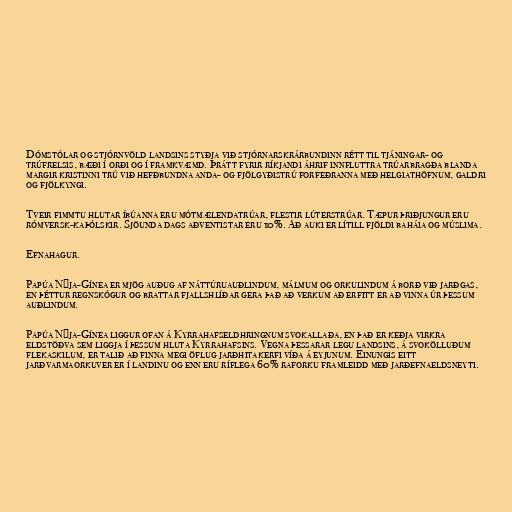
Dómstólar og stjórnvöld landsins styðja við stjórnarskrárbundinn rétt til tjáningar- og
trúfrelsis, bæði í orði og í framkvæmd. Þrátt fyrir ríkjandi áhrif innfluttra trúarbragða blanda
margir kristinni trú við hefðbundna anda- og fjölgyðistrú forfeðranna með helgiathöfnum, galdri
og fjölkyngi.

Tveir fimmtu hlutar íbúanna eru mótmælendatrúar, flestir lúterstrúar. Tæpur þriðjungur eru
rómversk-kaþólskir. Sjöunda dags aðventistar eru 10%. Að auki er lítill fjöldi baháia og múslima.

Efnahagur.

Papúa Nýja-Gínea er mjög auðug af náttúruauðlindum, málmum og orkulindum á borð við jarðgas,
en þéttur regnskógur og brattar fjallshlíðar gera það að verkum að erfitt er að vinna úr þessum
auðlindum.

Papúa Nýja-Gínea liggur ofan á Kyrrahafseldhringnum svokallaða, en það er keðja virkra
eldstöðva sem liggja í þessum hluta Kyrrahafsins. Vegna þessarar legu landsins, á svokölluðum
flekaskilum, er talið að finna megi öflug jarðhitakerfi víða á eyjunum. Einungis eitt
jarðvarmaorkuver er í landinu og enn eru ríflega 60% raforku framleidd með jarðefnaeldsneyti.